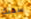
سجنك